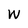
Character: W